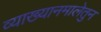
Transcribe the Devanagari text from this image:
व्याख्यानमालेतुन